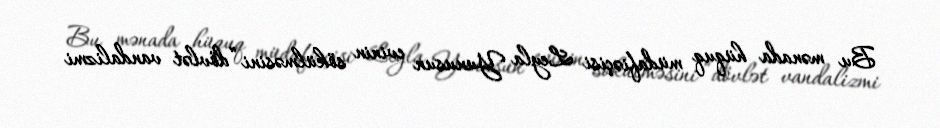
Bu mənada hüquq müdafiəçisi Leyla Yunusun evinin sökülməsini “dövlət vandalizmi